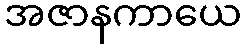
အဇာနကာယေ